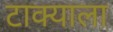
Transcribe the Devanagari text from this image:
टाक्याला